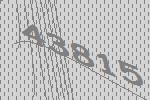
43815